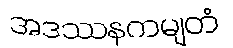
အဒဿနကမျတံ